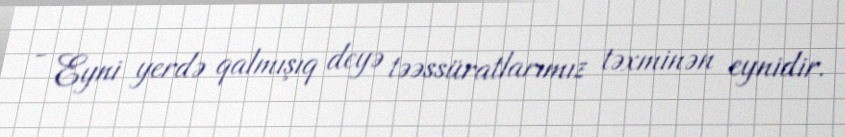
- Eyni yerdə qalmışıq deyə təəssüratlarımız təxminən eynidir.